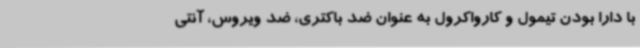
با دارا بودن تیمول و کارواکرول به عنوان ضد باکتری، ضد ویروس، آنتی